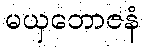
မယှဘောဇနံ